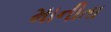
માનીતા